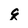
Character: q